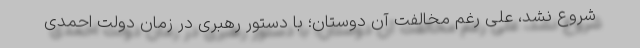
شروع نشد، علی رغم مخالفت آن دوستان؛ با دستور رهبری در زمان دولت احمدی